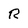
Character: R